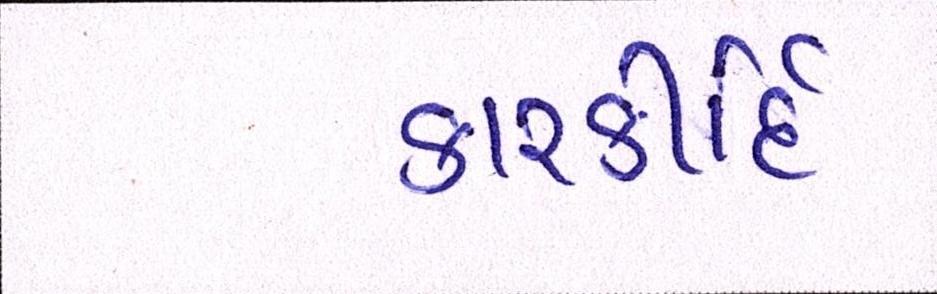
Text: કારકીર્દિ